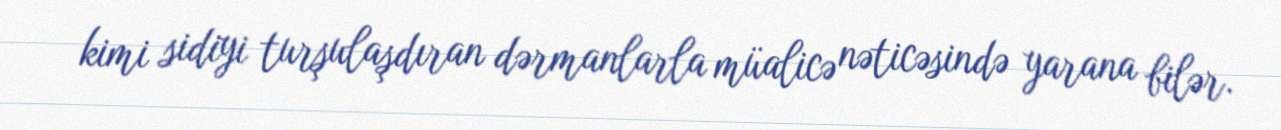
kimi sidiyi turşulaşdıran dərmanlarla müalicə nəticəsində yarana bilər.